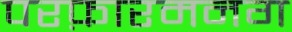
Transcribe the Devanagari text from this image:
परफ़ारमनग